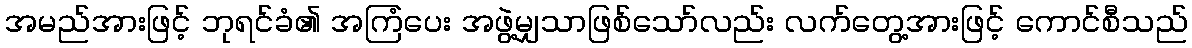
အမည်အားဖြင့် ဘုရင်ခံ၏ အကြံပေး အဖွဲ့မျှသာဖြစ်သော်လည်း လက်တွေ့အားဖြင့် ကောင်စီသည်